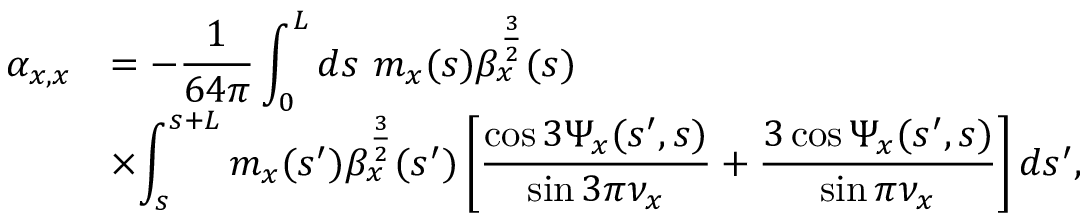
\begin{array} { c l } { \displaystyle \alpha _ { x , x } } & { = \displaystyle - \frac { 1 } { 6 4 \pi } \int _ { 0 } ^ { L } { d s \ m _ { x } ( s ) \beta _ { x } ^ { \frac { 3 } { 2 } } ( s ) } } \\ & { \displaystyle \times { \int _ { s } ^ { s + L } m _ { x } ( s ^ { \prime } ) \beta _ { x } ^ { \frac { 3 } { 2 } } ( s ^ { \prime } ) \left[ \frac { \cos { 3 \Psi _ { x } ( s ^ { \prime } , s ) } } { \sin { 3 \pi \nu _ { x } } } + \frac { 3 \cos { \Psi _ { x } ( s ^ { \prime } , s ) } } { \sin { \pi \nu _ { x } } } \right] d s ^ { \prime } } , } \end{array}